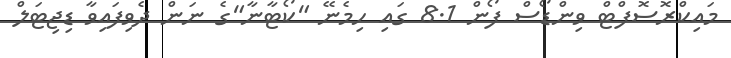
މައިކްރޮސޮފްޓް ވިންޑޯސް ފޯން 8.1 ގައި ހިމެނޭ "ކޯޓާނާ"ގެ ނަން ދެވިފައިވާ ޑިޖިޓަލް